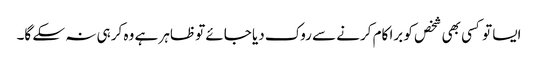
ایسا تو کسی بھی شخص کو برا کام کرنے سے روک دیا جائے تو ظاہر ہے وہ کر ہی نہ سکے گا۔